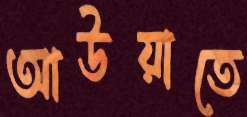
আউয়াতে